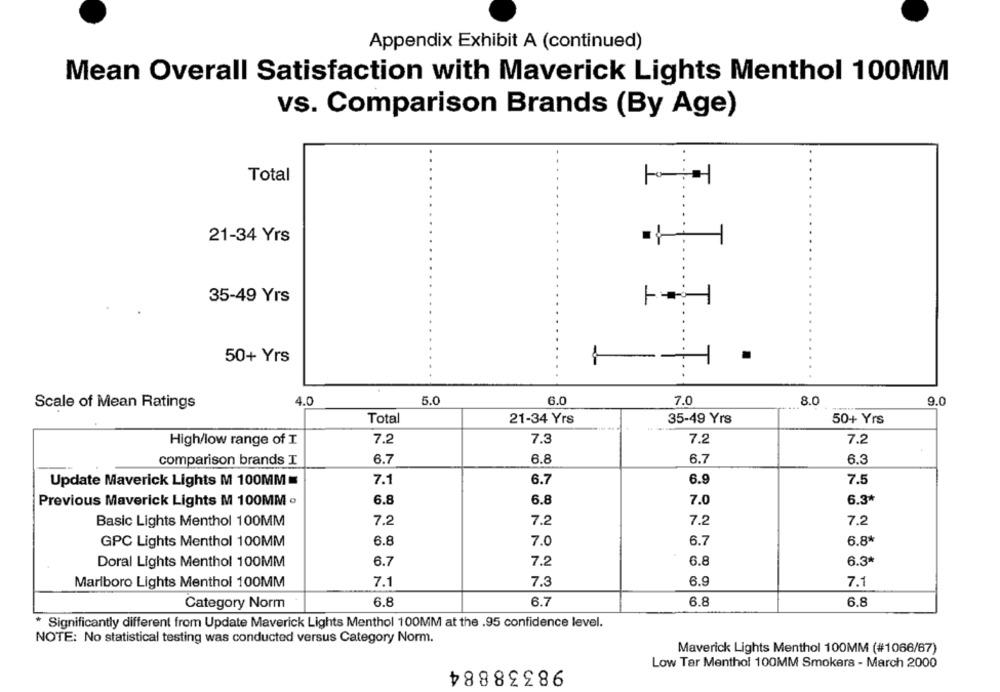
Appendix Exhibit A (continued)
Mean Overall Satisfaction with Maverick Lights Menthol 100MM
vs. Comparison Brands (By Age)
Total
21-34 Yrs
35-49 Yrs
50+ Yrs
1
.
4.0
5.0
6.0
7.0
8.0
9.0
Scale of Mean Ratings
Total
21-34 Yrs
35-49 Yrs
50+ Yrs
High/low range of I
7.2
7.3
7.2
7.2
comparison brands I
6.7
6.8
6.7
6.3
Update Maverick Lights M 100MM =
7.1
6.7
6.9
7.5
Previous Maverick Lights M 100MM ·
6.8
6.8
7.0
6.3*
Basic Lights Menthol 100MM
7.2
7.2
7.2
7.2
GPC Lights Menthol 100MM
6.8
7.0
6.7
6.8*
6.3*
Doral Lights Menthol 100MM
6.7
7.2
6.8
6.9
Marlboro Lights Menthol 100MM
7.1
7.3
7.1
6.8
Category Norm
6.8
6.7
6.8
* Significantly different from Update Maverick Lights Menthol 100MM at the .95 confidence level.
NOTE: No statistical testing was conducted versus Category Norm.
Maverick Lights Menthol 100MM (#1066/67)
98338884
Low Tar Menthol 100MM Smokers - March 2000